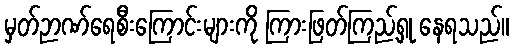
မှတ်ဉာဏ်ရေစီးကြောင်းများကို ကြားဖြတ်ကြည့်ရှု နေရသည်။